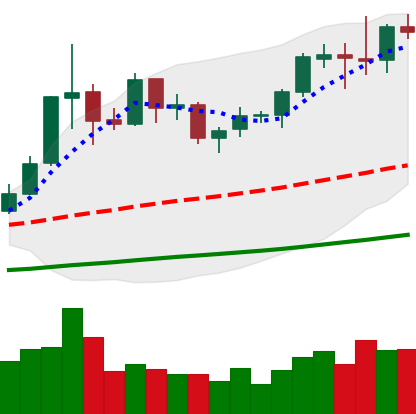
Ticker: ETC-USD
Chart end date: 2019-06-01
Forward return: -6.933%
Label: down_5_7